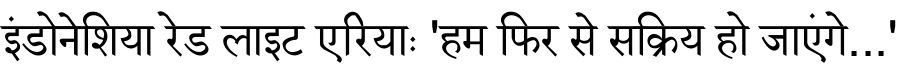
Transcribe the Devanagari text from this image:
इंडोनेशिया रेड लाइट एरियाः 'हम फिर से सक्रिय हो जाएंगे...'